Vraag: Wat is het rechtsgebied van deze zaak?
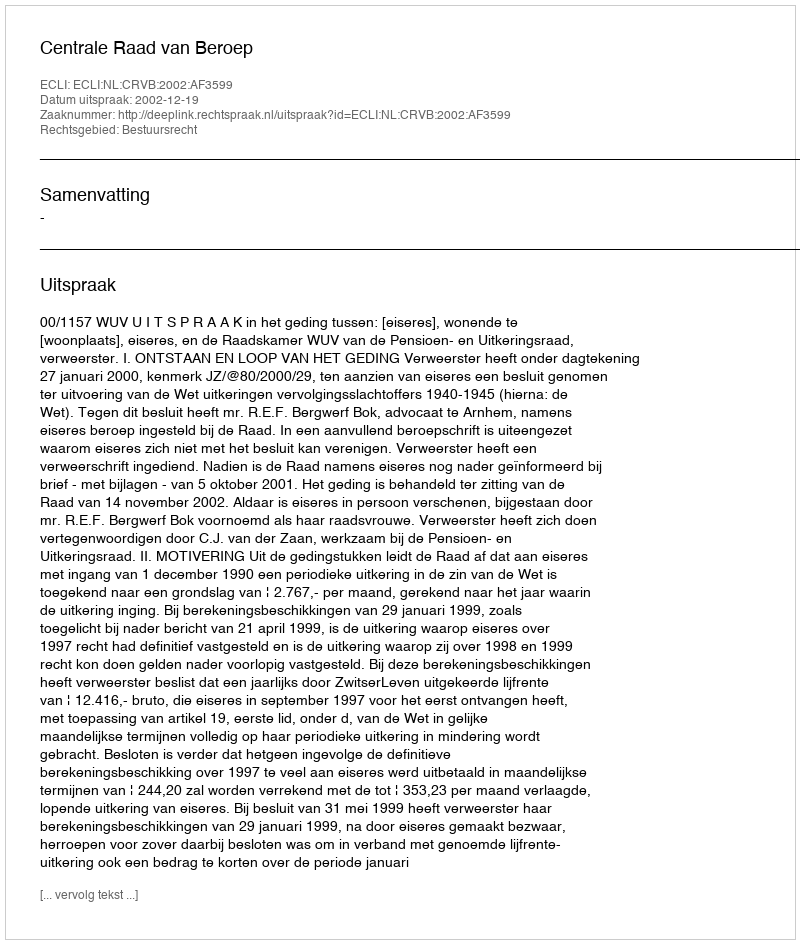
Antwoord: Bestuursrecht